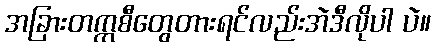
အခြားတက္ကစီတွေတားရင်လည်းအဲဒီလိုပါ ပဲ။